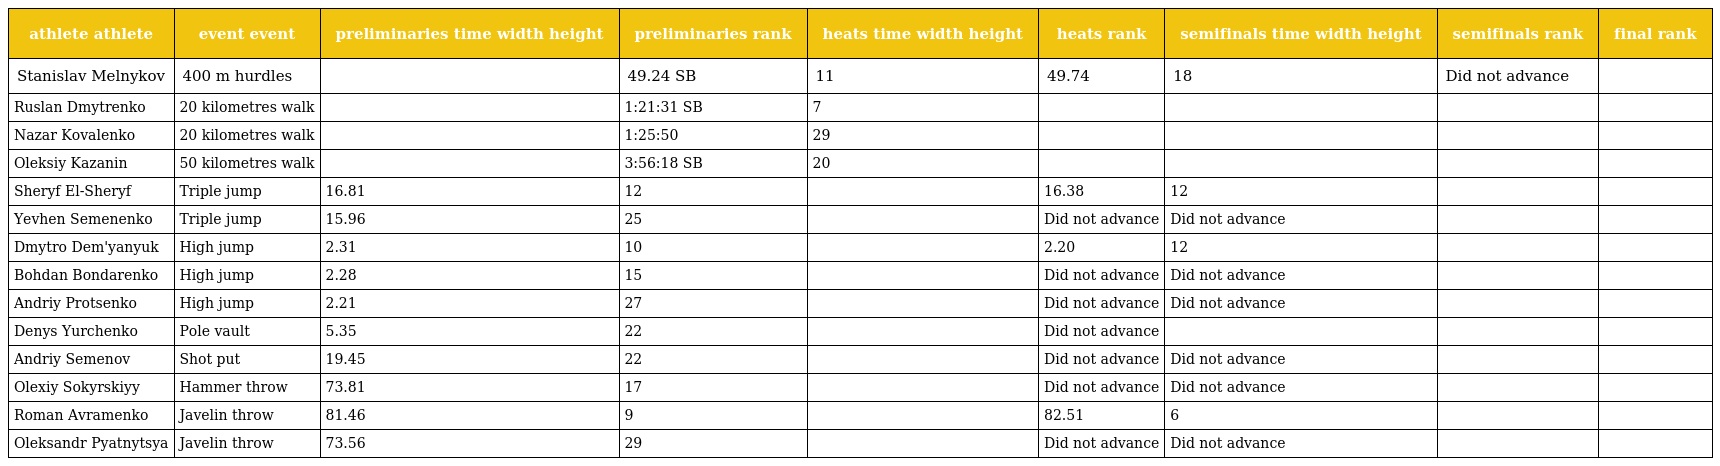
| athlete athlete | event event | preliminaries time width height | preliminaries rank | heats time width height | heats rank | semifinals time width height | semifinals rank | final rank |
 | --- | --- | --- | --- | --- | --- | --- | --- | --- |
 | Stanislav Melnykov | 400 m hurdles |  | 49.24 SB | 11 | 49.74 | 18 | Did not advance |  |
 | Ruslan Dmytrenko | 20 kilometres walk |  | 1:21:31 SB | 7 |  |  |  |  |
 | Nazar Kovalenko | 20 kilometres walk |  | 1:25:50 | 29 |  |  |  |  |
 | Oleksiy Kazanin | 50 kilometres walk |  | 3:56:18 SB | 20 |  |  |  |  |
 | Sheryf El-Sheryf | Triple jump | 16.81 | 12 |  | 16.38 | 12 |  |  |
 | Yevhen Semenenko | Triple jump | 15.96 | 25 |  | Did not advance | Did not advance |  |  |
 | Dmytro Dem'yanyuk | High jump | 2.31 | 10 |  | 2.20 | 12 |  |  |
 | Bohdan Bondarenko | High jump | 2.28 | 15 |  | Did not advance | Did not advance |  |  |
 | Andriy Protsenko | High jump | 2.21 | 27 |  | Did not advance | Did not advance |  |  |
 | Denys Yurchenko | Pole vault | 5.35 | 22 |  | Did not advance |  |  |  |
 | Andriy Semenov | Shot put | 19.45 | 22 |  | Did not advance | Did not advance |  |  |
 | Olexiy Sokyrskiyy | Hammer throw | 73.81 | 17 |  | Did not advance | Did not advance |  |  |
 | Roman Avramenko | Javelin throw | 81.46 | 9 |  | 82.51 | 6 |  |  |
 | Oleksandr Pyatnytsya | Javelin throw | 73.56 | 29 |  | Did not advance | Did not advance |  |  |